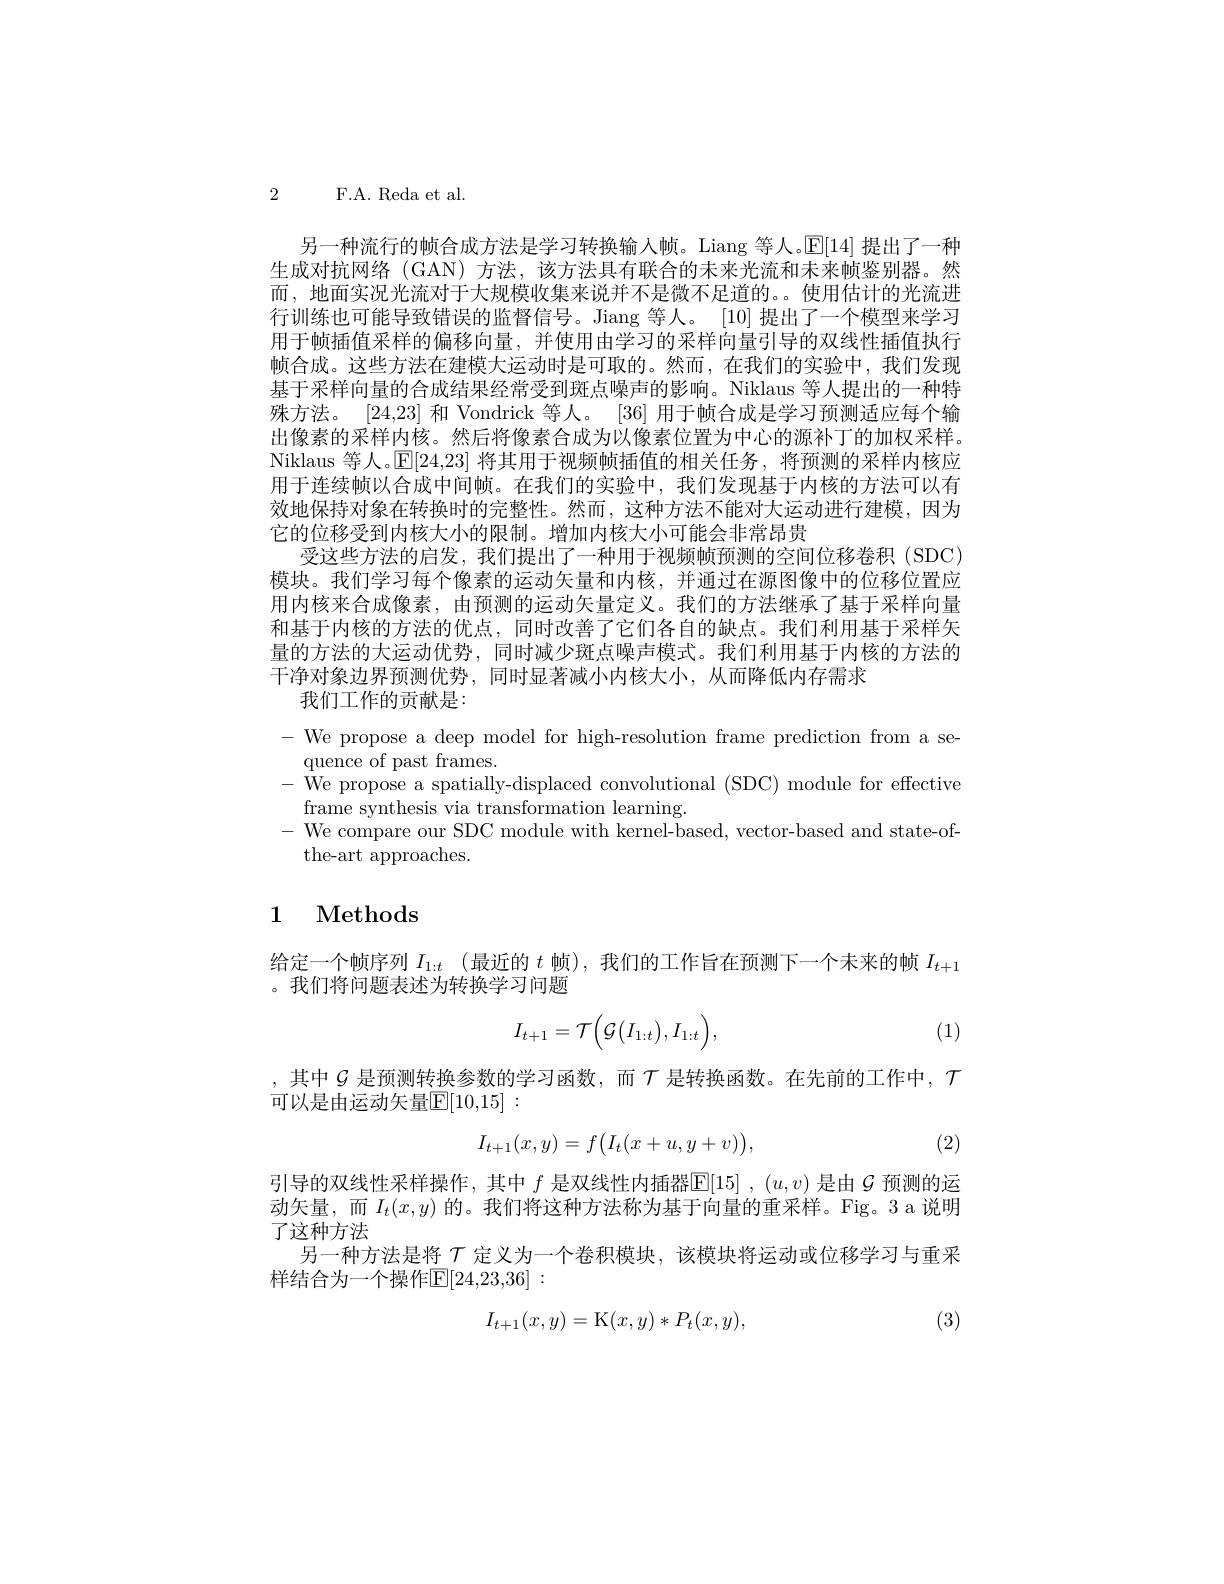
2 F.A. Reda et al.

另一种流行的帧合成方法是学习转换输入帧。Liang 等人。$\mathbb{E}[14]$提出了一种生成对抗网络(GAN)方法，该方法具有联合的末来光流和未来帧鉴别器。然而，地面实况光流对于大规模收集来说并不是微不足道的。。使用估计的光流进行训练也可能导致错误的监督信号。Jiang 等人。[10] 提出了一个模型来学习用于帧插值采样的偏移向量，并使用由学习的采样向量引导的双线性插值执行帧合成。这些方法在建模大运动时是可取的。然而，在我们的实验中，我们发现基于采样向量的合成结果经常受到斑点噪声的影响。Niklaus 等人提出的一种特殊方法。[24,23] 和 Vondrick 等人。[36] 用于帧合成是学习预测适应每个输出像素的采样内核。然后将像素合成为以像素位置为中心的源补丁的加权采样。Niklaus 等人。$\mathbb{E}[24,23]$将其用于视频帧插值的相关任务，将预测的采样内核应用于连续帧以合成中间帧。在我们的实验中，我们发现基于内核的方法可以有效地保持对象在转换时的完整性。然而，这种方法不能对大运动进行建模，因为它的位移受到内核大小的限制。增加内核大小可能会非常昂贵
受这些方法的启发，我们提出了一种用于视频帧预测的空间位移卷积(SDC) 模块。我们学习每个像素的运动矢量和内核，并通过在源图像中的位移位置应用内核来合成像素，由预测的运动矢量定义。我们的方法继承了基于采样向量和基于内核的方法的优点，同时改善了它们各自的缺点。我们利用基于采样矢量的方法的大运动优势，同时减少斑点噪声模式。我们利用基于内核的方法的干净对象边界预测优势，同时显著减小内核大小，从而降低内存需求
我们工作的贡献是：
- We propose a deep model for high-resolution frame prediction from a se-
quence of past frames.
We propose a spatially-displaced convolutional (SDC) module for effective
frame synthesis via transformation learning.
- We compare our SDC module with kernel-based, vector-based and state-of-
the-art approaches.

## 1 Methods

给定一个帧序列$I_{1:t}$ (最近的$t$帧),我们的工作旨在预测下一个未来的帧$I_t+1$
。我们将问题表述为转换学习问题
$$I_{t+1}=\mathcal{T}\Big(\mathcal{G}\big(I_{1:t}\big),I_{1:t}\Big),$$
(1)

,其中$\mathcal{G}$ 是预测转换参数的学习函数，而$\mathcal{T}$ 是转换函数。在先前的工作中，$\mathcal{T}$
可以是由运动矢量$\mathbb{E}[10,15]:$

(2)
$$I_{t+1}(x,y)=f\big(I_t(x+u,y+v)\big),$$
引导的双线性采样操作，其中$f$是双线性内插器$\mathbb{E}[15],(u,v)$是由$\mathcal{G}$预测的运动矢量，而$I_t(x,y)$的。我们将这种方法称为基于向量的重采样。Fig。3a 说明了这种方法
另一种方法是将$\tau$定义为一个卷积模块，该模块将运动或位移学习与重采
样结合为一个操作$\mathbb{E}[24,23,36]:$

(3)
$$I_{t+1}(x,y)=\mathrm{K}(x,y)*P_t(x,y),$$